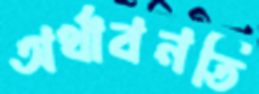
অর্থাবনতি